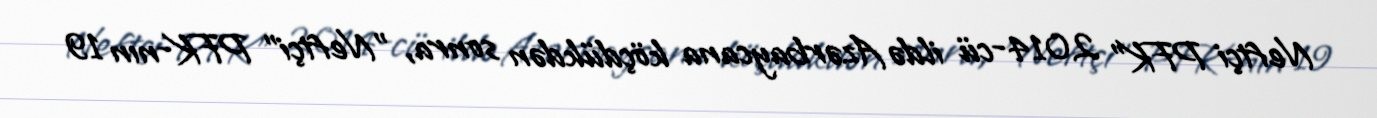
Neftçi PFK" 2014-cü ildə Azərbaycana köçdükdən sonra, "Neftçi" PFK-nın 19